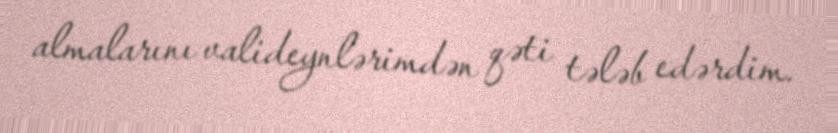
almalarını valideynlərimdən qəti tələb edərdim.